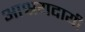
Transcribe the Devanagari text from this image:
आश्रयदायी